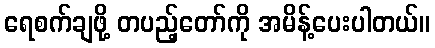
ရေစက်ချဖို့ တပည့်တော်ကို အမိန့်ပေးပါတယ်။